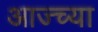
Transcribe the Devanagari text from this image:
आज्च्या